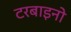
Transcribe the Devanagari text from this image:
टरबाइनो